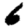
Digit: 6